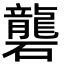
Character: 礱